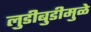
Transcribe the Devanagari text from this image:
लुडीबुडीमुळे